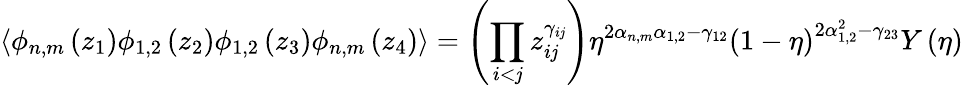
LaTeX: \langle\phi_{n,m}\left(z_{1}\right)\phi_{1,2}\left(z_{2}\right)\phi_{1,2}\left(z_{3}\right)\phi_{n,m}\left(z_{4}\right)\rangle=\left(\prod_{i<\mathit{j}}z_{i\mathit{j}}^{\gamma_{i\mathit{j}}}\right)\eta^{2\alpha_{n,m}\alpha_{1,2}-\gamma_{12}}\left(1-\eta\right)^{2\alpha_{1,2}^{2}-\gamma_{23}}Y\left(\eta\right)